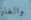
والغاز